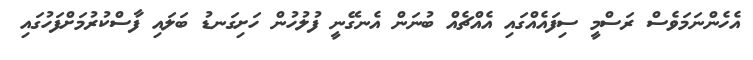
އެހެންނަމަވެސް ރަސްމީ ސިފައެއްގައި އެއްޗެއް ބުނަން އެނގޭނީ ފުލުހުން ހަށިގަނޑު ބަލައި ފާސްކުރުމަށްފަހުގައި